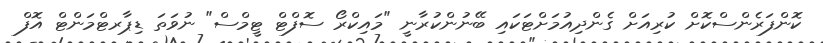
ކޮންފަރެންސްކޮށް ކުރިއަށް ގެންދިއުމަށްޓަކައި ބޭނުންކުރާނީ "މައިކްރޯ ސޮފްޓް ޓީމްސް" ނުވަތަ ޑިޕާރޓްމަންޓް އޮފް